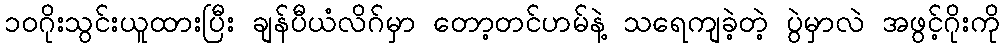
၁၀ဂိုးသွင်းယူထားပြီး ချန်ပီယံလိဂ်မှာ တော့တင်ဟမ်နဲ့ သရေကျခဲ့တဲ့ ပွဲမှာလဲ အဖွင့်ဂိုးကို